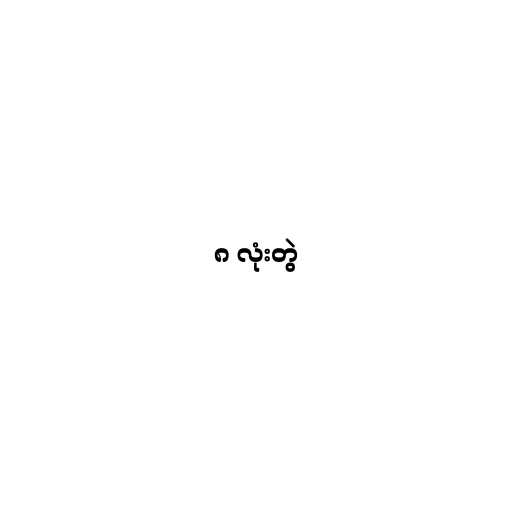
၈ လုံးတွဲ